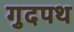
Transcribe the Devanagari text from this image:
गुदपथ